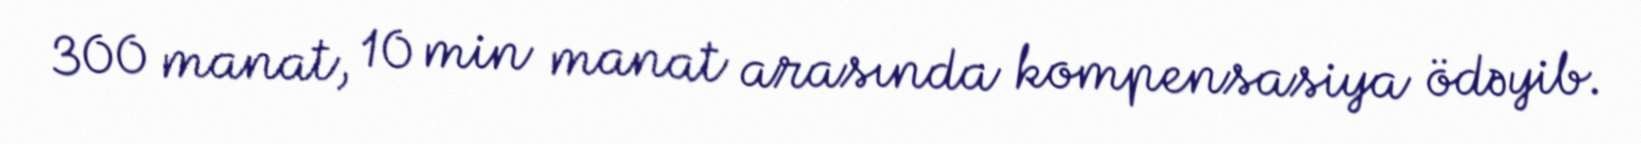
300 manat, 10 min manat arasında kompensasiya ödəyib.